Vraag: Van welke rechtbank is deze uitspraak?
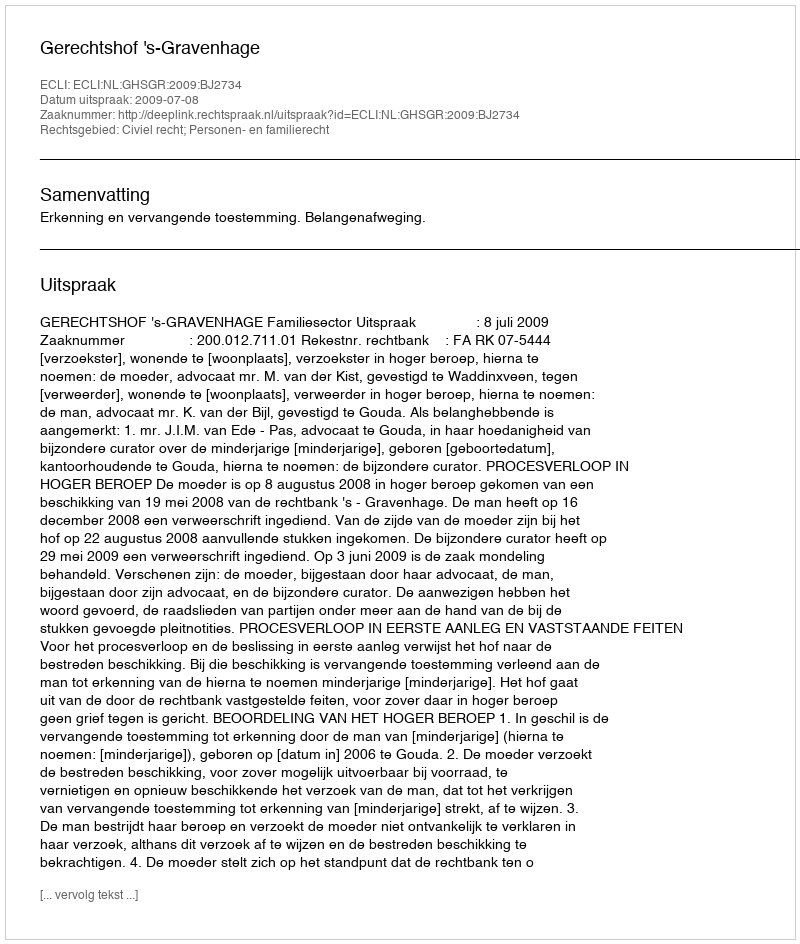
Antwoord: Gerechtshof 's-Gravenhage